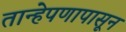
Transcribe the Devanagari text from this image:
तान्हेपणापासून